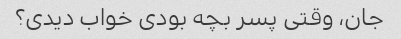
جان، وقتی پسر بچه بودی خواب دیدی؟